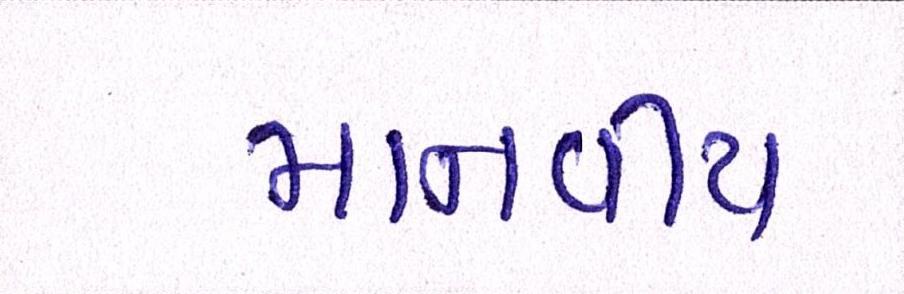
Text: માનવીય